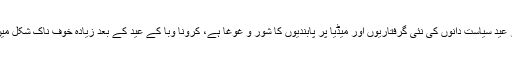
باوجود اس بات کے کہ بعد از عید سیاست دانوں کی نئی گرفتاریوں اور میڈیا پر پابندیوں کا شور و غوغا ہے، کرونا وبا کے عید کے بعد زیادہ خوف ناک شکل میں سر اٹھانے کے خدشات ہیں۔